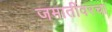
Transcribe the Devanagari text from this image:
जमातींवरचा